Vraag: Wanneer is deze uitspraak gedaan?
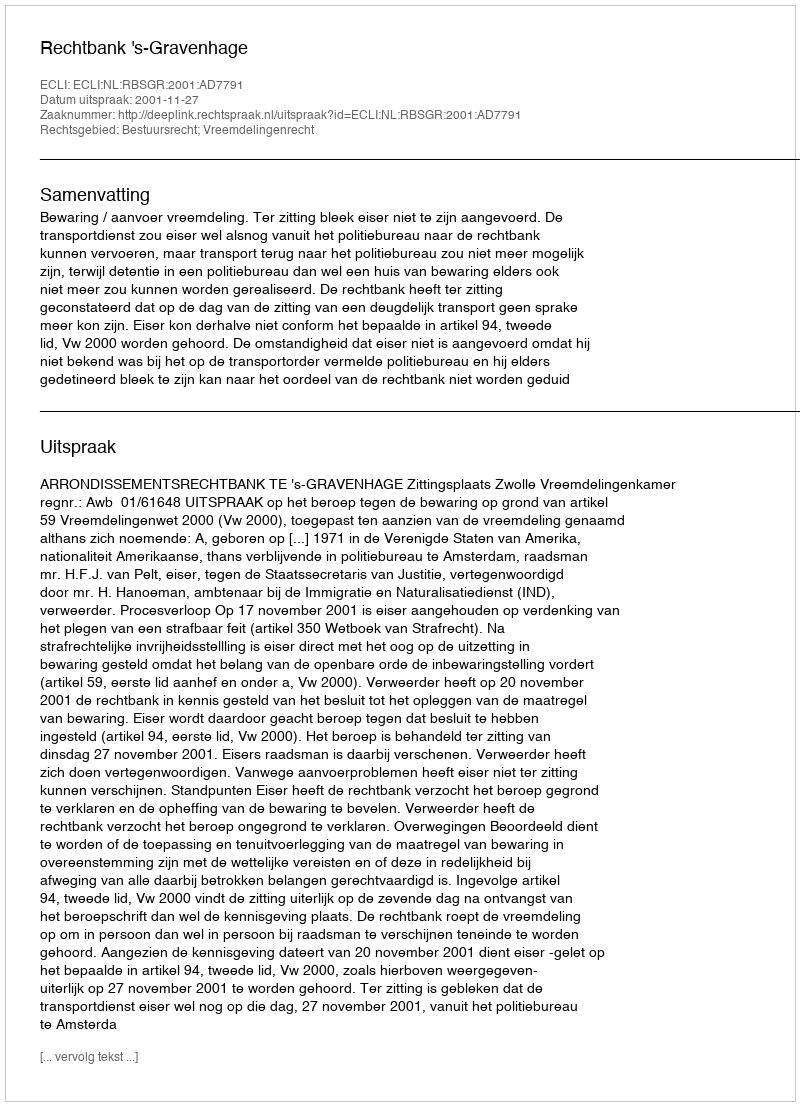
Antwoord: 2001-11-27